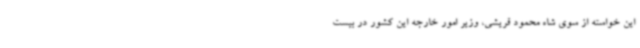
این خواسته از سوی شاه محمود قریشی، وزیر امور خارجه این کشور در بیست